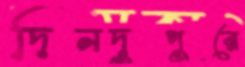
দিনদুপুরে